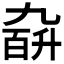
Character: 𪜙